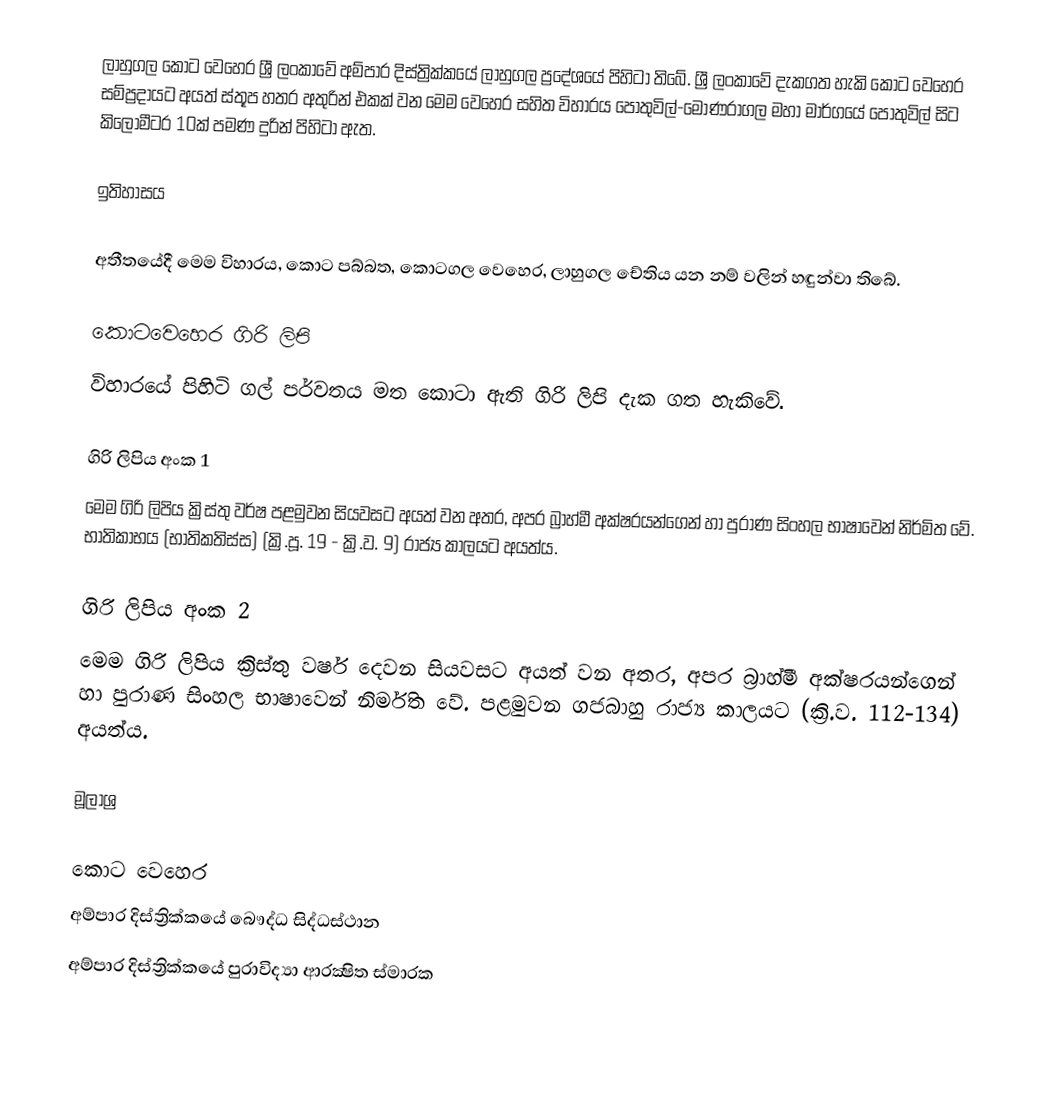
ලාහුගල කොට වෙහෙර ශ්‍රී ලංකාවේ අම්පාර දිස්ත්‍රික්කයේ ලාහුගල ප්‍රදේශයේ පිහිටා තිබේ. ශ්‍රී ලංකාවේ දැකගත හැකි කොට වෙහෙර සම්ප්‍රදායට අයත් ස්තූප හතර අතුරින් එකක් වන මෙම වෙහෙර සහිත විහාරය පොතුවිල්-මොණරාගල මහා මාර්ගයේ පොතුවිල් සිට කිලෝමීටර 10ක් පමණ දුරින් පිහිටා ඇත.

ඉතිහාසය

අතීතයේදී මෙම විහාරය, කොට පබ්බත, කොටගල වෙහෙර, ලාහුගල චේතිය යන නම් වලින් හඳුන්වා තිබේ.

කොටවෙහෙර ගිරි ලිපි
විහාරයේ පිහිටි ගල් පර්වතය මත කොටා ඇති ගිරි ලිපි දැක ගත හැකිවේ.

ගිරි ලිපිය අංක 1
මෙම ගිරි ලිපිය ක්‍රිස්තු වර්ෂ පළමුවන සියවසට අයත් වන අතර, අපර බ්‍රාහ්මී අක්ෂරයන්ගෙන් හා පුරාණ සිංහල භාෂාවෙන් නිර්මිත වේ. භාතිකාභය (භාතිකතිස්ස) (ක්‍රි.පූ. 19 - ක්‍රි.ව. 9) රාජ්‍ය කාලයට අයත්ය.

ගිරි ලිපිය අංක 2
මෙම ගිරි ලිපිය ක්‍රිස්තු වර්ෂ දෙවන සියවසට අයත් වන අතර, අපර බ්‍රාහ්මී අක්ෂරයන්ගෙන් හා පුරාණ සිංහල භාෂාවෙන් නිර්මිත වේ. පළමුවන ගජබාහු රාජ්‍ය කාලයට (ක්‍රි.ව. 112-134) අයත්ය.

මූලාශ්‍ර

කොට වෙහෙර
අම්පාර දිස්ත්‍රික්කයේ බෞද්ධ සිද්ධස්ථාන‎
අම්පාර දිස්ත්‍රික්කයේ පුරාවිද්‍යා ආරක්‍ෂිත ස්මාරක‎